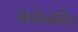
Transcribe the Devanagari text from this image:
अवचेतनस्थित